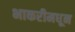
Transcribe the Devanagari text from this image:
भाकरीमधून